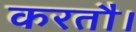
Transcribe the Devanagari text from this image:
करतौ।